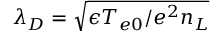
\lambda _ { D } = \sqrt { \epsilon T _ { e 0 } / e ^ { 2 } n _ { L } }